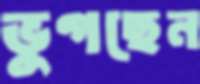
ভুগছেন